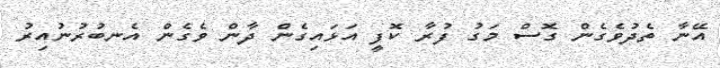
އޭނާ ތެދުވެގެން ގޮސް މަގު ފުރާ ކޮފީ އަޅައިގެން ދާން ވެގެން އެނބުރުނުއިރު